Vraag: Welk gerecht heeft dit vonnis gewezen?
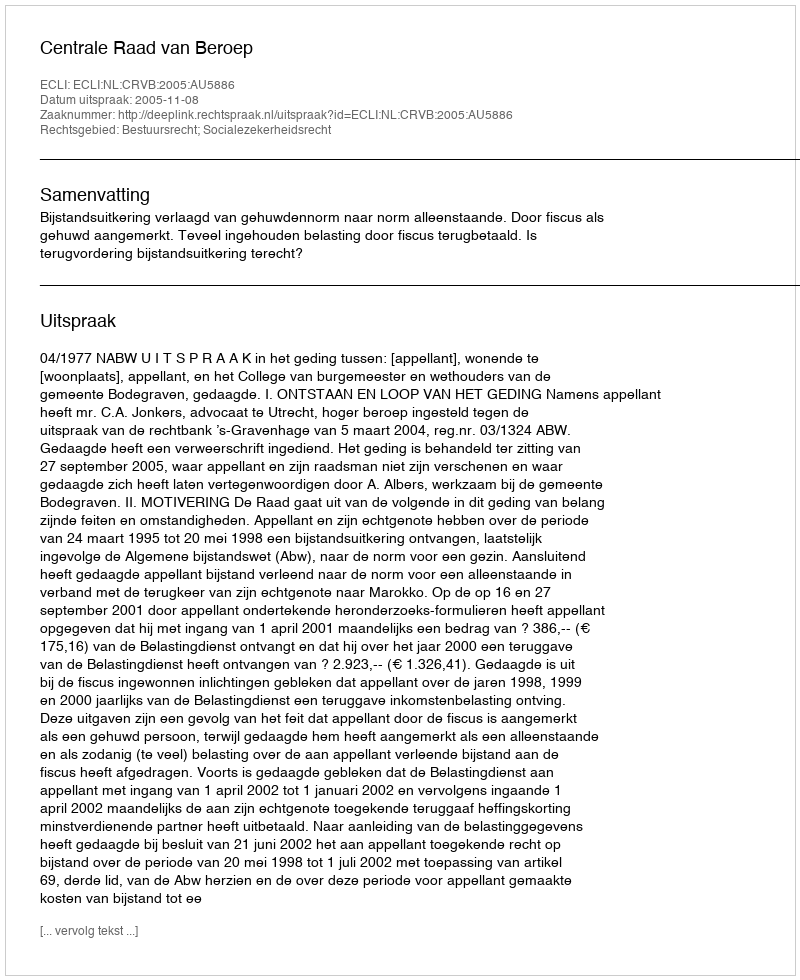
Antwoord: Centrale Raad van Beroep